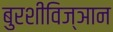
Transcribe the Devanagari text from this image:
बुरशीविज्ञान